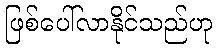
ဖြစ်ပေါ်လာနိုင်သည်ဟု